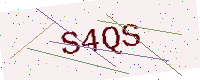
Text: S4QS